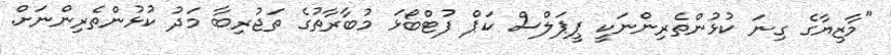
"މާޒިޔާގެ ގިނަ ކުޅުންތެރިންނަކީ ޕީޕަލްސް ކަޕް ފުޓްބޯޅަ މުބާރާތުގެ ތަޖުރިބާ މަދު ކުޅުންތެރިންނަށް.